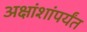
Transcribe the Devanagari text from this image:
अक्षांशांपर्यंत